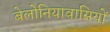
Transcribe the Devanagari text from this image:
बेलोनियावासियों